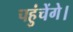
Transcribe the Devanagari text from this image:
पहुंचेंगे।